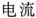
电流